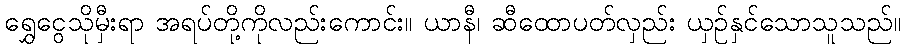
ရွှေငွေသိုမှီးရာ အရပ်တို့ကိုလည်းကောင်း။ ယာနီ၊ ဆီထောပတ်လှည်း ယှဉ်နှင်သောသူသည်။